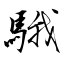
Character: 騀